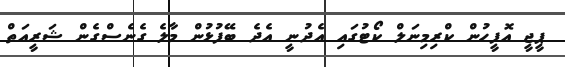
ޕީޖީ އޮފީހުން ކްރިމިނަލް ކޯޓުގައި އެދުނީ އެދެ ބޭފުޅުން މާލެ ގެނެސްގެން ޝަރީއަތް